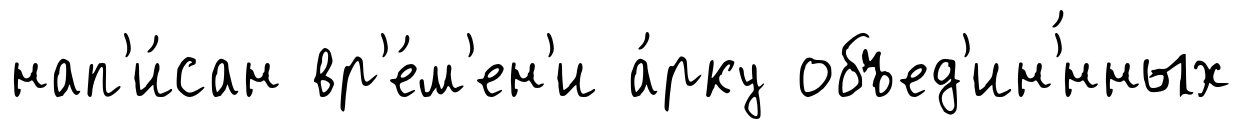
нап'и́сан вр'е́м'ен'и а́рку объед'ин'́нных